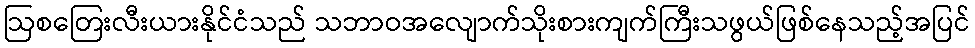
ဩစတြေးလီးယားနိုင်ငံသည် သဘာဝအလျောက်သိုးစားကျက်ကြီးသဖွယ်ဖြစ်နေသည့်အပြင်